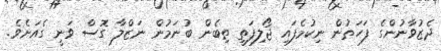
ދެޒުވާނުންގެ ފަހަތުން ނިކުމެފައި ޖޯލިފަތީ ތިބެން ބުނަމުން ނަޒްލާ ގޮސް ވަނީ ގެއަށެވެ.